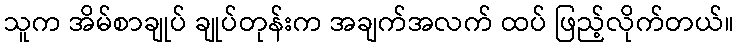
သူက အိမ်စာချုပ် ချုပ်တုန်းက အချက်အလက် ထပ် ဖြည့်လိုက်တယ်။